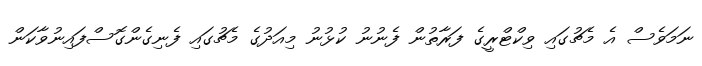
ނަމަވެސް އެ މެޗުގައި ވިކްޓްރީގެ ފަރާތުން ފެނުނު ކުޅުނު މިއަދުގެ މެޗުގައި ފެނިގެންގޮސްފައިނުވާކަން